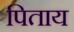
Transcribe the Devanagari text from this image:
पिताय